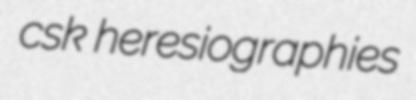
csk heresiographies